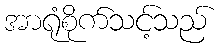
အာရုံစိုက်သင့်သည်